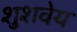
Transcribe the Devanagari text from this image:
शुशवेय